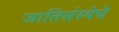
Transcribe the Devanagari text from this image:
जातिसंस्थेचे